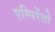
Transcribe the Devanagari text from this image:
एस्पिरेंतो